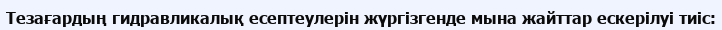
Тезағардың гидравликалық есептеулерін жүргізгенде мына жайттар ескерілуі тиіс: